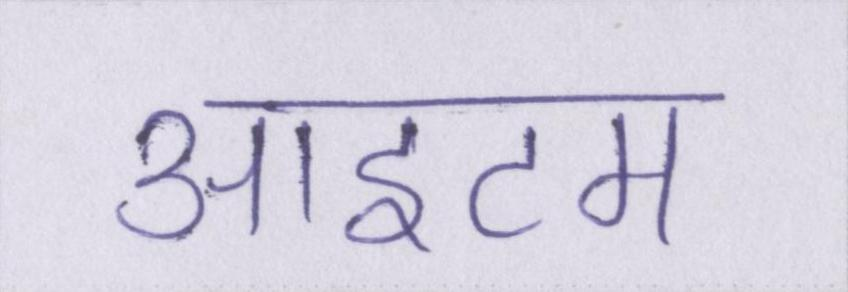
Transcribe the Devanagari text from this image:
आइटम